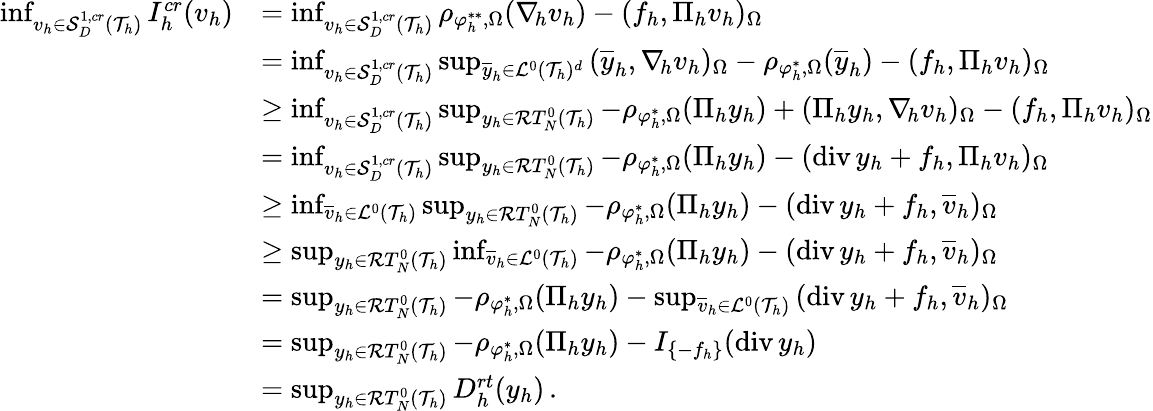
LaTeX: \begin{array}{rl}{\operatorname*{inf}_{v_{h}\in\mathcal{S}_{D}^{1,\textit{cr}}(\mathcal{T}_{h})}{I_{h}^{\textit{cr}}(v_{h})}}&{=\operatorname*{inf}_{v_{h}\in\mathcal{S}_{D}^{1,\textit{cr}}(\mathcal{T}_{h})}{\rho_{\varphi_{h}^{**},\Omega}(\nabla_{\! h}v_{h})-(f_{h},\Pi_{h}v_{h})_{\Omega}}}\\ &{=\operatorname*{inf}_{v_{h}\in\mathcal{S}_{D}^{1,\textit{cr}}(\mathcal{T}_{h})}{\operatorname*{sup}_{\overline{{y}}_{h}\in\mathcal{L}^{0}(\mathcal{T}_{h})^{d}}{(\overline{{y}}_{h},\nabla_{\! h}v_{h})_{\Omega}-\rho_{\varphi_{h}^{*},\Omega}(\overline{{y}}_{h})-(f_{h},\Pi_{h}v_{h})_{\Omega}}}}\\ &{\ge\operatorname*{inf}_{v_{h}\in\mathcal{S}_{D}^{1,\textit{cr}}(\mathcal{T}_{h})}{\operatorname*{sup}_{y_{h}\in\mathcal{R}T_{N}^{0}(\mathcal{T}_{h})}{-\rho_{\varphi_{h}^{*},\Omega}(\Pi_{h}y_{h})+(\Pi_{h}y_{h},\nabla_{\! h}v_{h})_{\Omega}-(f_{h},\Pi_{h}v_{h})_{\Omega}}}}\\ &{=\operatorname*{inf}_{v_{h}\in\mathcal{S}_{D}^{1,\textit{cr}}(\mathcal{T}_{h})}{\operatorname*{sup}_{y_{h}\in\mathcal{R}T_{N}^{0}(\mathcal{T}_{h})}{-\rho_{\varphi_{h}^{*},\Omega}(\Pi_{h}y_{h})-(\textup{div}\, y_{h}+f_{h},\Pi_{h}v_{h})_{\Omega}}}}\\ &{\ge\operatorname*{inf}_{\overline{{v}}_{h}\in\mathcal{L}^{0}(\mathcal{T}_{h})}{\operatorname*{sup}_{y_{h}\in\mathcal{R}T_{N}^{0}(\mathcal{T}_{h})}{-\rho_{\varphi_{h}^{*},\Omega}(\Pi_{h}y_{h})-(\textup{div}\, y_{h}+f_{h},\overline{{v}}_{h})_{\Omega}}}}\\ &{\ge\operatorname*{sup}_{y_{h}\in\mathcal{R}T_{N}^{0}(\mathcal{T}_{h})}{\operatorname*{inf}_{\overline{{v}}_{h}\in\mathcal{L}^{0}(\mathcal{T}_{h})}{-\rho_{\varphi_{h}^{*},\Omega}(\Pi_{h}y_{h})-(\textup{div}\, y_{h}+f_{h},\overline{{v}}_{h})_{\Omega}}}}\\ &{=\operatorname*{sup}_{y_{h}\in\mathcal{R}T_{N}^{0}(\mathcal{T}_{h})}{-\rho_{\varphi_{h}^{*},\Omega}(\Pi_{h}y_{h})-\operatorname*{sup}_{\overline{{v}}_{h}\in\mathcal{L}^{0}(\mathcal{T}_{h})}{(\textup{div}\, y_{h}+f_{h},\overline{{v}}_{h})_{\Omega}}}}\\ &{=\operatorname*{sup}_{y_{h}\in\mathcal{R}T_{N}^{0}(\mathcal{T}_{h})}{-\rho_{\varphi_{h}^{*},\Omega}(\Pi_{h}y_{h})-I_{\{ -f_{h}\} }(\textup{div}\, y_{h})}}\\ &{=\operatorname*{sup}_{y_{h}\in\mathcal{R}T_{N}^{0}(\mathcal{T}_{h})}{D_{h}^{\textit{rt}}(y_{h})}\, .}\end{array}